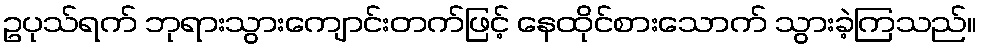
ဥပုသ်ရက် ဘုရားသွားကျောင်းတက်ဖြင့် နေထိုင်စားသောက် သွားခဲ့ကြသည်။